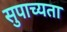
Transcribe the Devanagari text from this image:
सुपाच्यता